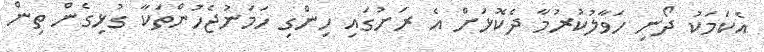
އެކަމަކު ދޯނި ހަވާލުކުރުމާ ދެކޮޅަށް އެ ރަށުގައި ހިންގި ހަމަނުޖެހުންތަކާ ގުޅިގެން ތިން